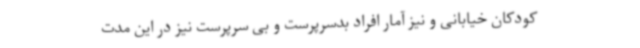
کودکان خیابانی و نیز آمار افراد بدسرپرست و بی سرپرست نیز در این مدت